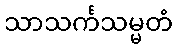
သာသင်္ကသမ္မတံ